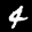
Label: 4